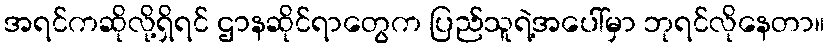
အရင်ကဆိုလို့ရှိရင် ဌာနဆိုင်ရာတွေက ပြည်သူရဲ့အပေါ်မှာ ဘုရင်လိုနေတာ။